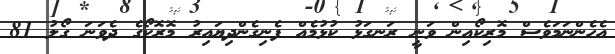
އެހެންނަމަވެސް މޮރިކޯއިން ވަނީ ރަނގަޅު ކުޅުމެއް ފެނިގެންދިޔައިރު މޮރޮކޯގެ ދެވަނަ ގޯލު 81